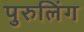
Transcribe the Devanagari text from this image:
पुरुलिंग